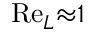
\mathrm { R e } _ { L } { \approx } 1